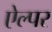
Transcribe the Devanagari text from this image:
ऐल्पर